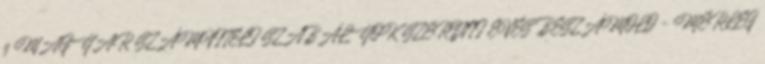
z MAGYAR SZÁMVITELI SZABÁLYOK SZERINTI ÉVES BESZÁMOLÓ - MÉRLEG